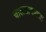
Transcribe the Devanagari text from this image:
चालताचालता